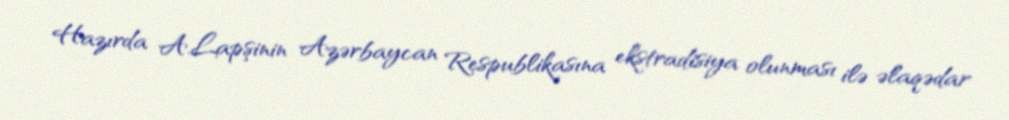
Hazırda A.Lapşinin Azərbaycan Respublikasına ekstradisiya olunması ilə əlaqədar